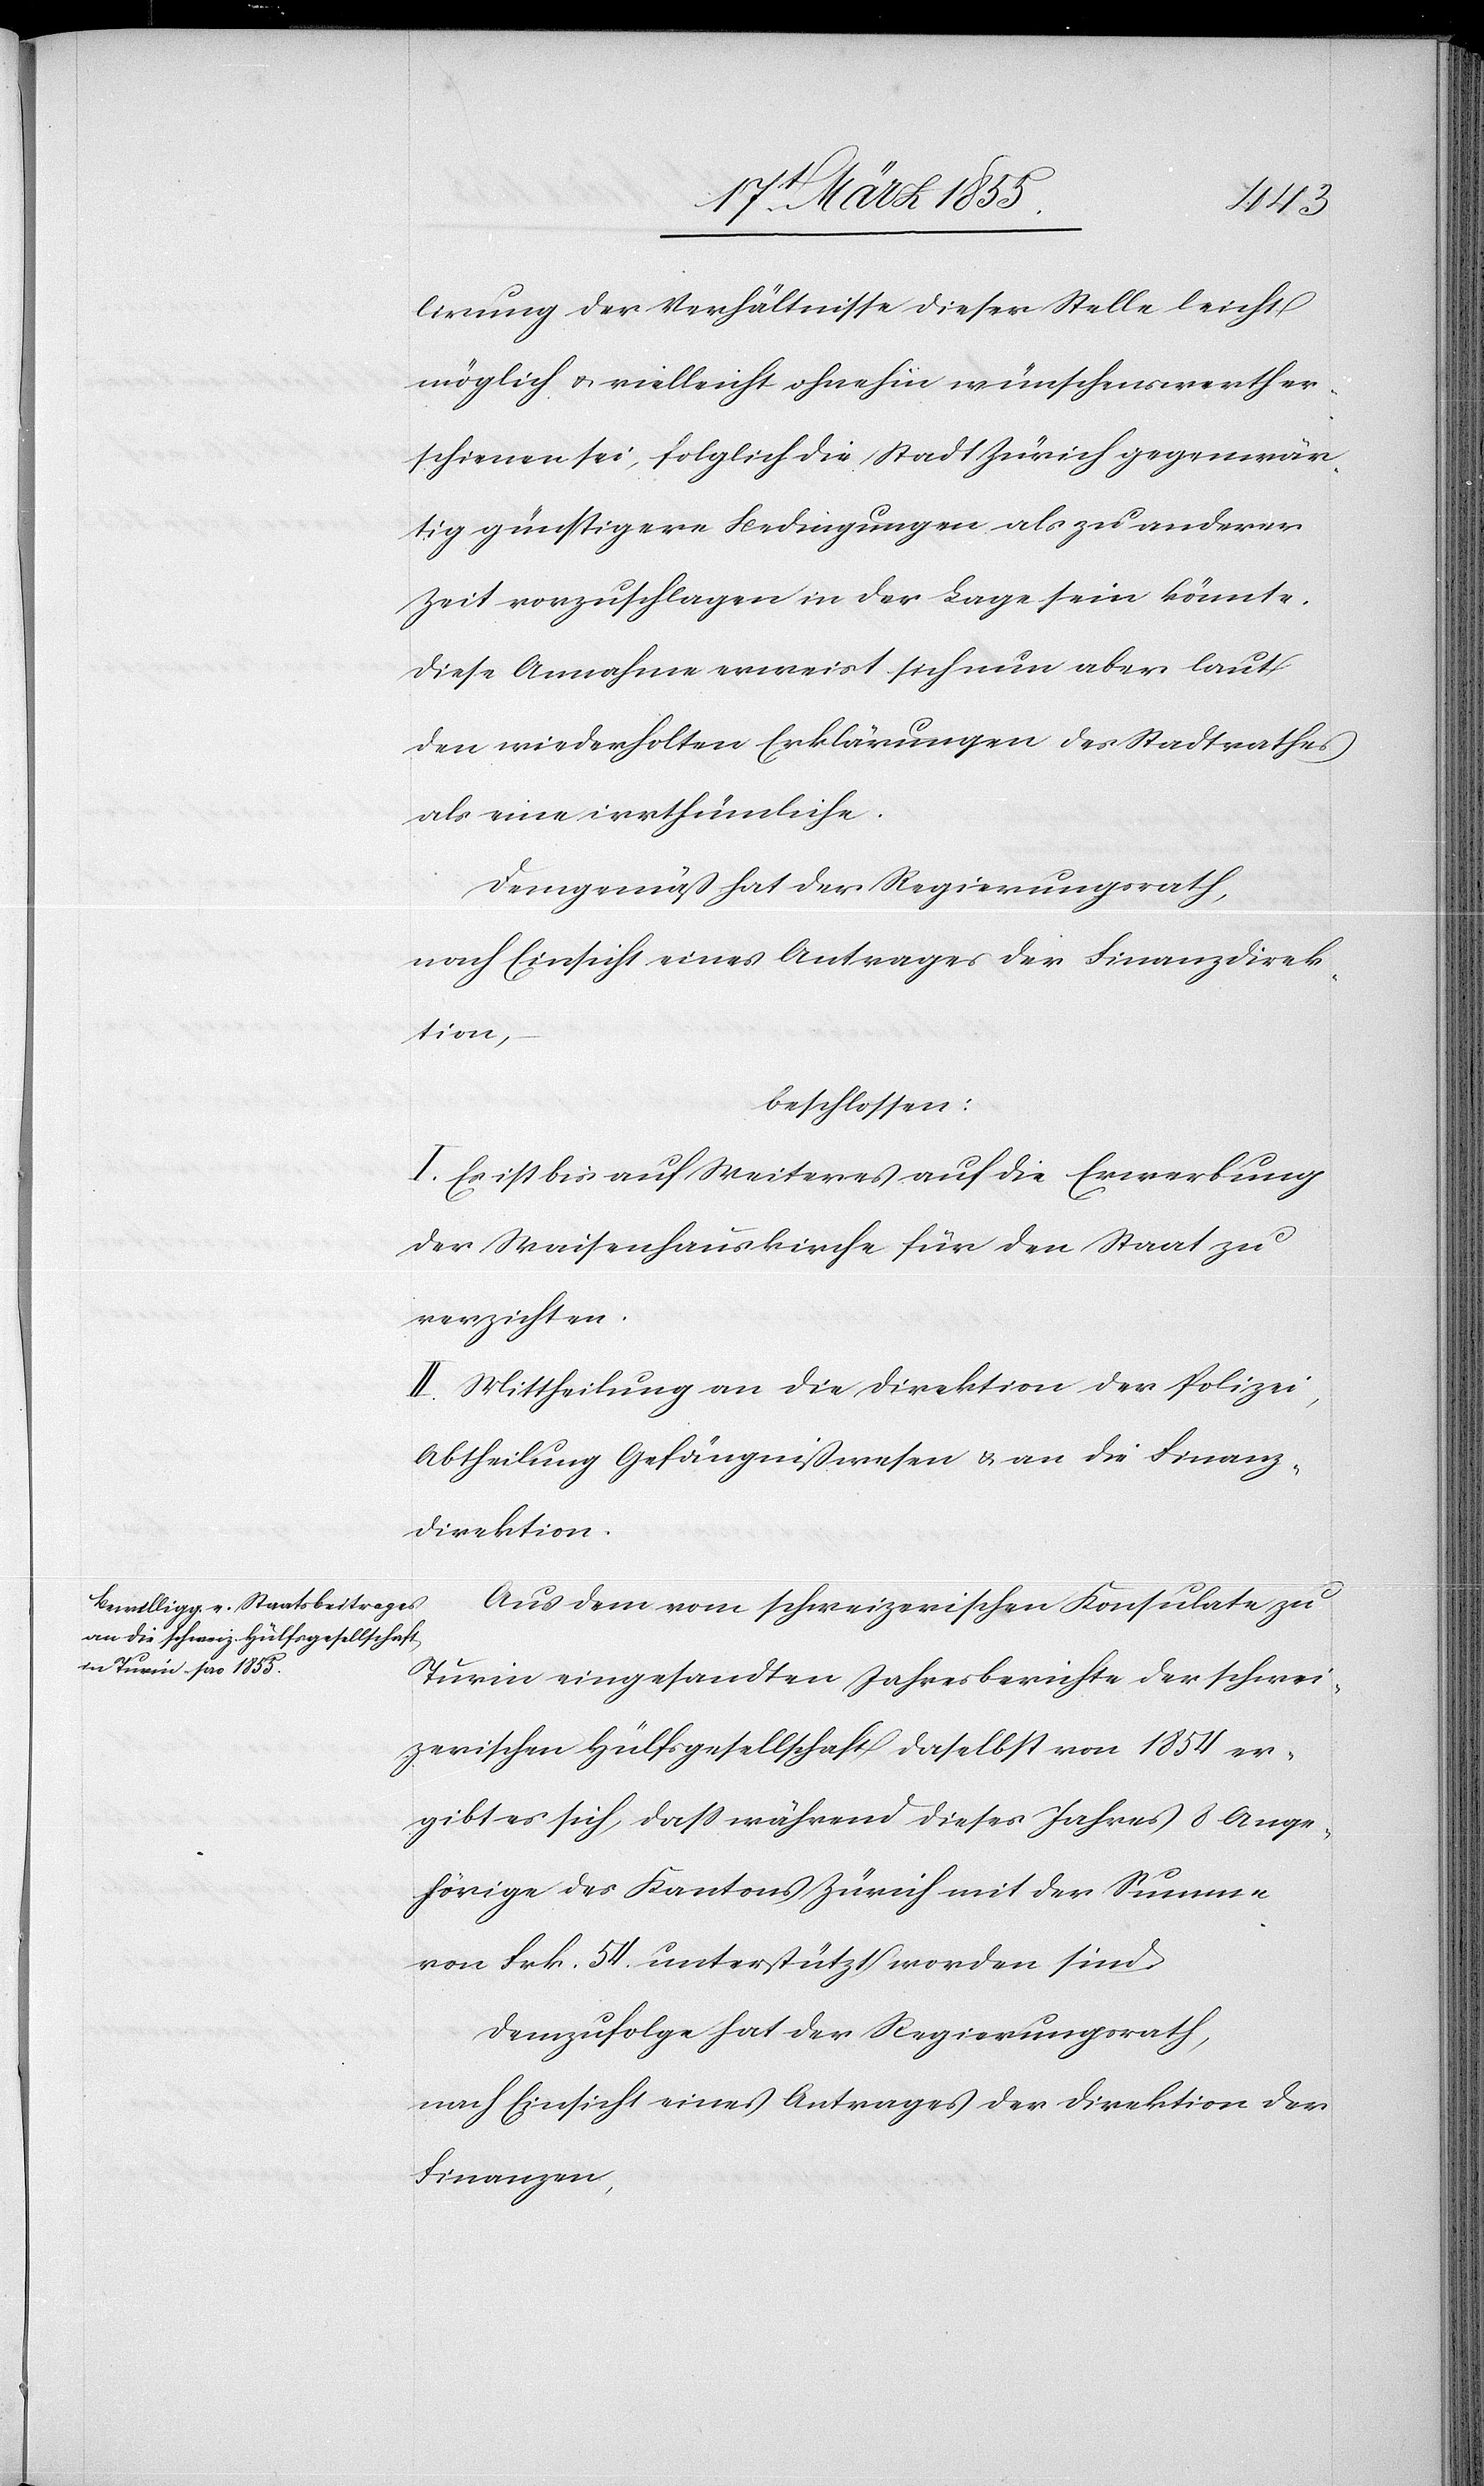
lirung der Verhältnisse dieser Stelle leicht
möglich & vielleicht ohnehin wünschenswerth er¬
schienen sei, folglich die Stadt Zürich gegenwär¬
tig günstigere Bedingungen als zu anderer
Zeit vorzuschlagen in der Lage sein könnte.
Diese Annahme erweist sich nun aber laut
den wiederholten Erklärungen des Stadtrathes
als eine irrthümliche.
Demgemäß hat der Regierungsrath,
nach Einsicht eines Antrages der Finanzdirek¬
tion,
beschlossen:
I. Es ist bis auf Weiteres auf die Erwerbung
der Waisenhauskirche für den Staat zu
verzichten.
II. Mittheilung an die Direktion der Polizei,
Abtheilung Gefängnißwesen & an die Finanz¬
direktion.
Aus dem vom schweizerischen Konsulate zu
Turin eingesandten Jahresberichte der schwei¬
zerischen Hülfsgesellschaft daselbst von 1854 er¬
gibt es sich, dass während dieses Jahres 8 Ange¬
hörige des Kantons Zürich mit der Summe
von Frk. 54. unterstützt worden sind.
Demzufolge hat der Regierungsrath,
nach Einsicht eines Antrages der Direktion der
Finanzen,